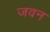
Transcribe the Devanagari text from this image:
जवन